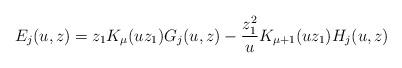
LaTeX: \begin{gather*} E_j(u,z)=z_1 K_\mu(uz_1) G_j(u,z)-\frac{z_1^2}{u} K_{\mu+1}(uz_1) H_j(u,z)\end{gather*}